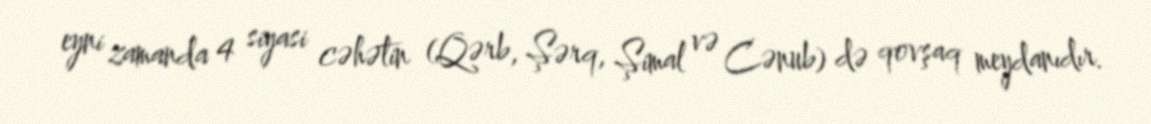
eyni zamanda 4 siyasi cəhətin (Qərb, Şərq, Şimal və Cənub) də qovşaq meydanıdır.